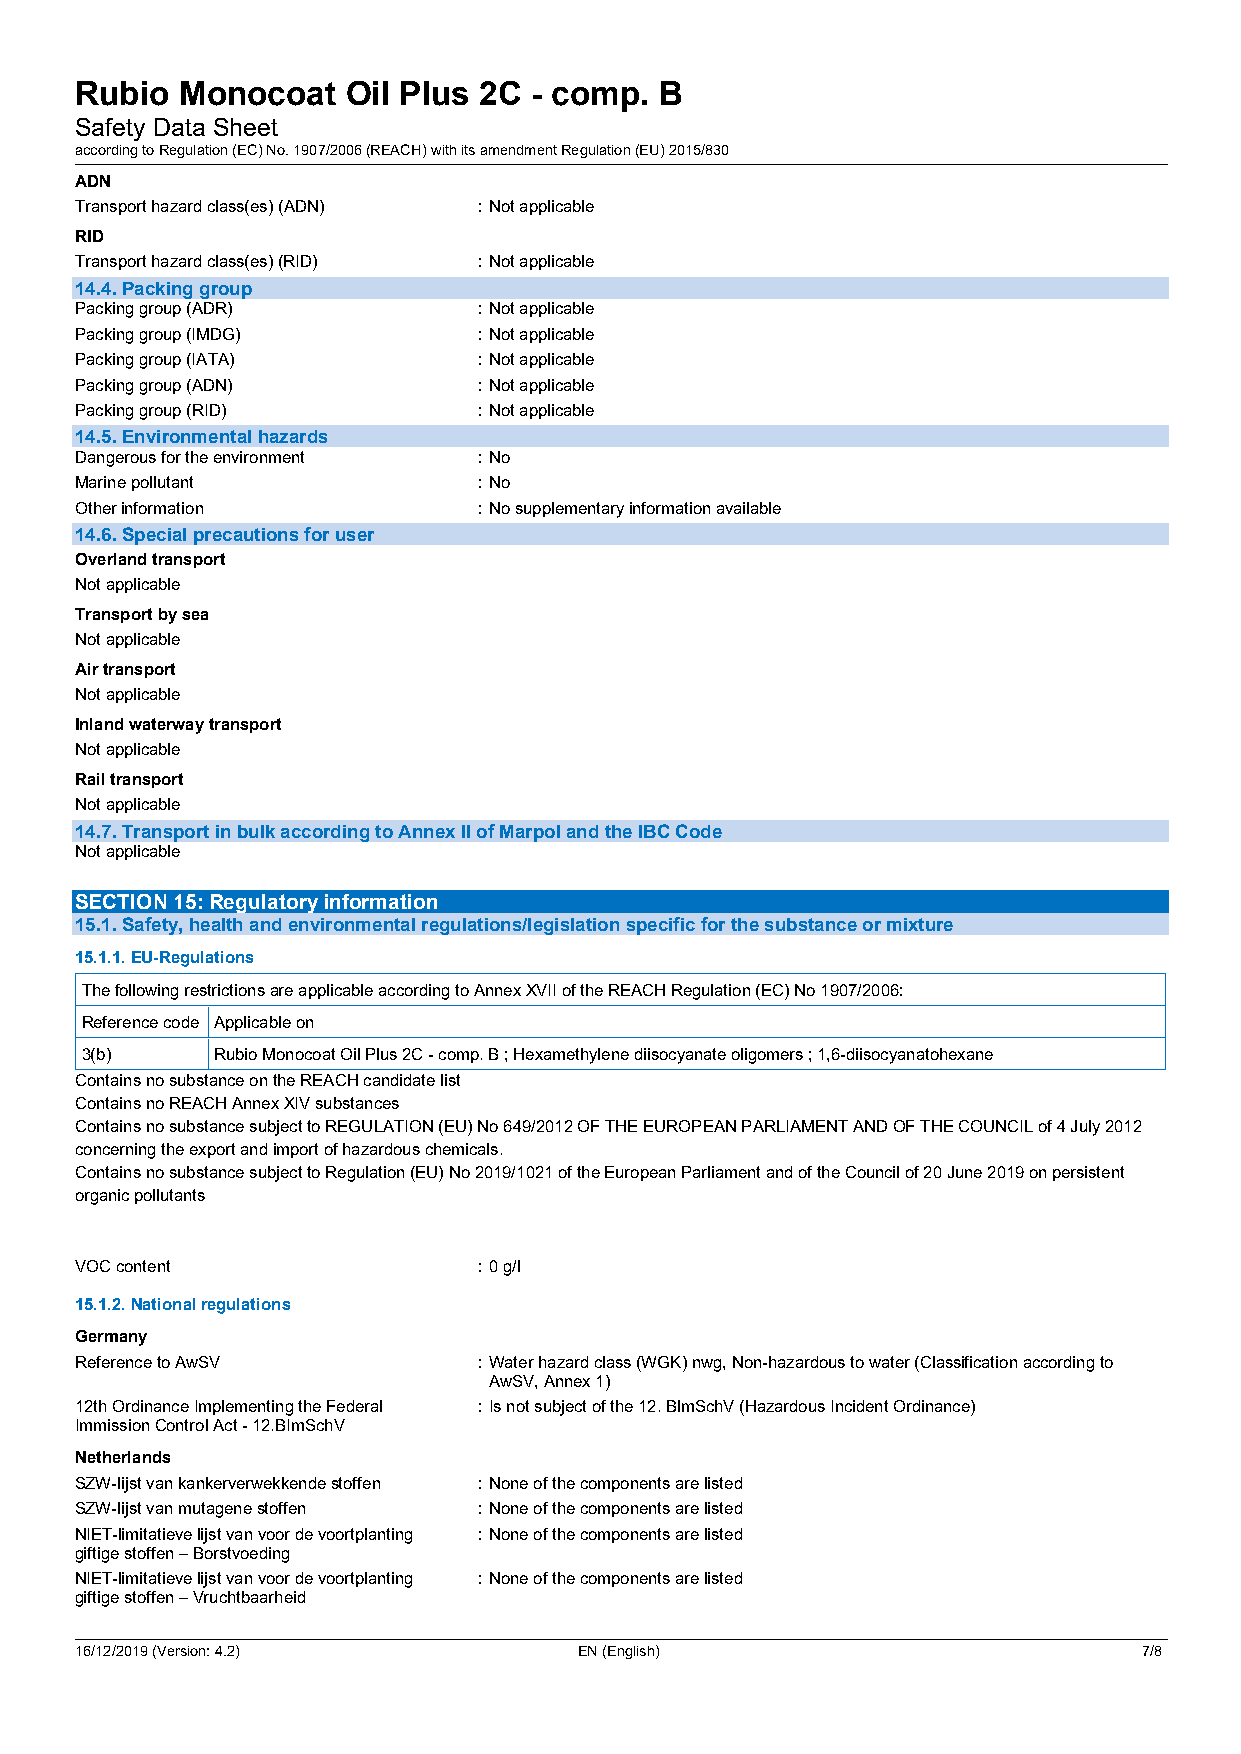
Rubio  Monocoat   Oil Plus 2C - comp.  B
 Safety Data Sheet
 according to Regulation (EC) No. 1907/2006 (REACH) with its amendment Regulation (EU) 2015/830
 ADN
 Transport hazard class(es) (ADN) :Not applicable
 RID
 Transport hazard class(es) (RID) :Not applicable
 14.4. Packing group
 Packing group (ADR)        :Not applicable
 Packing group (IMDG)       :Not applicable
 Packing group (IATA)       :Not applicable
 Packing group (ADN)        :Not applicable
 Packing group (RID)        :Not applicable
 14.5. Environmental hazards
 Dangerous for the environment :No
 Marine pollutant           :No
 Other information          :No supplementary information available
 14.6. Special precautions for user
 Overland transport
 Not applicable
 Transport by sea
 Not applicable
 Air transport
 Not applicable
 Inland waterway transport
 Not applicable
 Rail transport
 Not applicable
 14.7. Transport in bulk according to Annex II of Marpol and the IBC Code
 Not applicable
 SECTION 15: Regulatory information
 15.1. Safety, health and environmental regulations/legislation specific for the substance or mixture
 15.1.1. EU-Regulations
 The following restrictions are applicable according to Annex XVII of the REACH Regulation (EC) No 1907/2006:
 Reference code Applicable on
 3(b)     Rubio Monocoat Oil Plus 2C - comp. B ; Hexamethylene diisocyanate oligomers ; 1,6-diisocyanatohexane
 Contains no substance on the REACH candidate list
 Contains no REACH Annex XIV substances
 Contains no substance subject to REGULATION (EU) No 649/2012 OF THE EUROPEAN PARLIAMENT AND OF THE COUNCIL of 4 July 2012
 concerning the export and import of hazardous chemicals.
 Contains no substance subject to Regulation (EU) No 2019/1021 of the European Parliament and of the Council of 20 June 2019 on persistent
 organic pollutants
 VOC content                :0 g/l
 15.1.2. National regulations
 Germany
 Reference to AwSV          :Water hazard class (WGK) nwg, Non-hazardous to water (Classification according to
 AwSV, Annex 1)
 12th Ordinance Implementing the Federal :Is not subject of the 12. BlmSchV (Hazardous Incident Ordinance)
 Immission Control Act - 12.BImSchV
 Netherlands
 SZW-lijst van kankerverwekkende stoffen :None of the components are listed
 SZW-lijst van mutagene stoffen :None of the components are listed
 NIET-limitatieve lijst van voor de voortplanting :None of the components are listed
 giftige stoffen – Borstvoeding
 NIET-limitatieve lijst van voor de voortplanting :None of the components are listed
 giftige stoffen – Vruchtbaarheid
 16/12/2019 (Version: 4.2)        EN (English)                          7/8